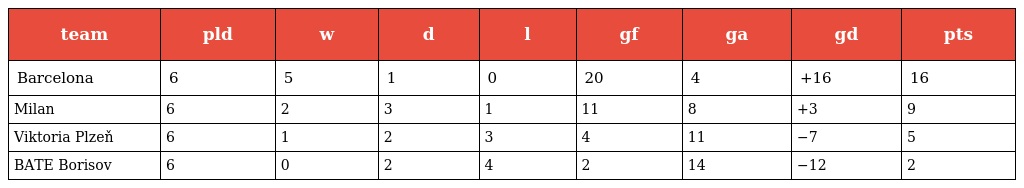
| team | pld | w | d | l | gf | ga | gd | pts |
 | --- | --- | --- | --- | --- | --- | --- | --- | --- |
 | Barcelona | 6 | 5 | 1 | 0 | 20 | 4 | +16 | 16 |
 | Milan | 6 | 2 | 3 | 1 | 11 | 8 | +3 | 9 |
 | Viktoria Plzeň | 6 | 1 | 2 | 3 | 4 | 11 | −7 | 5 |
 | BATE Borisov | 6 | 0 | 2 | 4 | 2 | 14 | −12 | 2 |